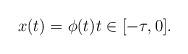
LaTeX: \begin{align*} x(t)=\phi(t) t\in[-\tau,0].\end{align*}